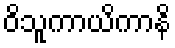
ဝိသူကာယိကာနိ